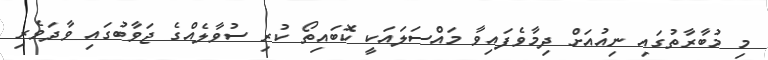
މި މުބާރާތުގައި ނިއުއަށް ދިމާވެފައިވާ މައްސަލައަކީ ކޮބައިތޯ ކުރި ސުވާލެއްގެ ޖަވާބުގައި ވާދަވެރި